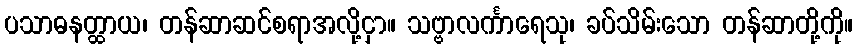
ပသာဓနတ္ထာယ၊ တန်ဆာဆင်စရာအလို့ငှာ။ သဗ္ဗာလင်္ကာရေသု၊ ခပ်သိမ်းသော တန်ဆာတို့ကို။